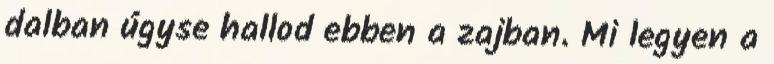
dalban úgyse hallod ebben a zajban. Mi legyen a